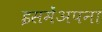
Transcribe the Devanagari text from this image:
इसमेंअपना